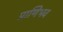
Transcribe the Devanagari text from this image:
प्राणिभव